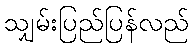
သျှမ်းပြည်ပြန်လည်